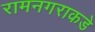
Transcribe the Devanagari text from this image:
रामनगराकडे